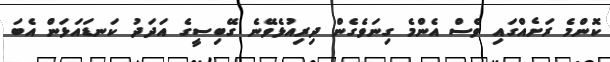
ކޮންމެ ރަށެއްގައި ވެސް އެންމެ ގިނަވެގެން ދިރިއުޅެވޭނެ ގޭބިސީގެ އަދަދު ކަނޑައަޅަން އެބަ